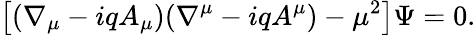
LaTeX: \left[(\nabla_{\mu}-iqA_{\mu})(\nabla^{\mu}-iqA^{\mu})-\mu^{2}\right]\Psi=0.